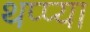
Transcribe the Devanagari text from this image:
थप्प्या